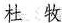
杜 牧